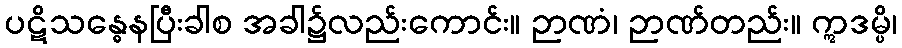
ပဋိသန္ဓေနပြီးခါစ အခါ၌လည်းကောင်း။ ဉာဏံ၊ ဉာဏ်တည်း။ ဣဒမ္ပိ၊